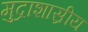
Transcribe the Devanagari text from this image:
मुद्राशास्रीय